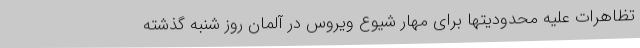
تظاهرات علیه محدودیتها برای مهار شیوع ویروس در آلمان روز شنبه گذشته